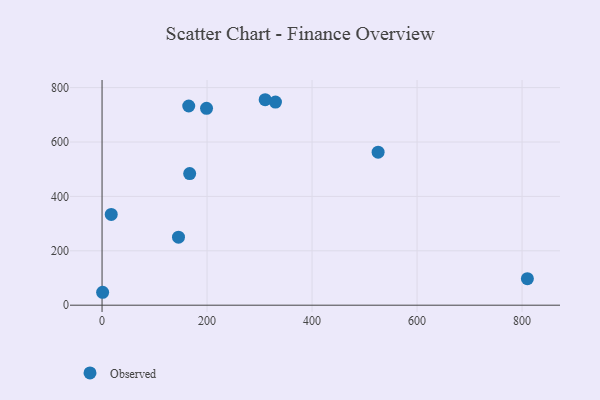
{"axis": {"x": "Ad Spend", "y": "Profit"}, "legend": ["Observed"], "data": [{"x": "145.6", "y": 250.1, "type": "Observed"}, {"x": "199.0", "y": 724.0, "type": "Observed"}, {"x": "310.7", "y": 755.5, "type": "Observed"}, {"x": "17.5", "y": 333.8, "type": "Observed"}, {"x": "166.9", "y": 483.8, "type": "Observed"}, {"x": "1.1", "y": 47.5, "type": "Observed"}, {"x": "165.1", "y": 732.5, "type": "Observed"}, {"x": "810.1", "y": 97.6, "type": "Observed"}, {"x": "525.8", "y": 562.6, "type": "Observed"}, {"x": "330.3", "y": 746.7, "type": "Observed"}]}